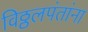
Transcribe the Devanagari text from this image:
विठ्ठलपंतांना